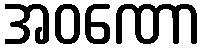
အဝဏော